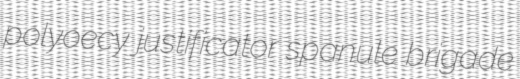
polyoecy justificator spanule brigade